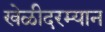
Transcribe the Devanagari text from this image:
खेळीदरम्यान